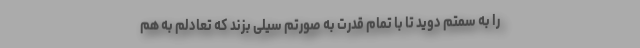
را به سمتم دوید تا با تمام قدرت به صورتم سیلی بزند که تعادلم به هم